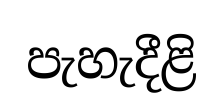
පැහැදීළි